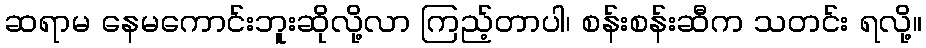
ဆရာမ နေမကောင်းဘူးဆိုလို့လာ ကြည့်တာပါ၊ စန်းစန်းဆီက သတင်း ရလို့။